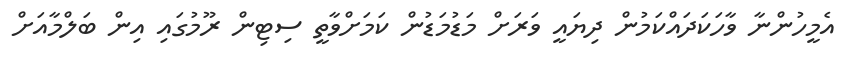
އެމީހުންނާ ވާހަކަދައްކަމުން ދިޔައީ ވަރަށް މަޑުމަޑުން ކަމަށްވާތީ ސިޓިން ރޫމުގައި އިން ބަލްމާއަށް